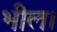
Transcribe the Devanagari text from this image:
भील।